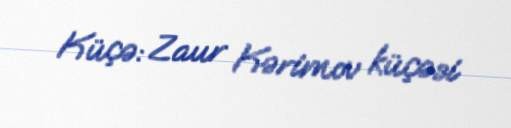
Küçə: Zaur Kərimov küçəsi